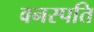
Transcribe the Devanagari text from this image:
वनस्‍पति